Mental hospitals Bombay report 1929-33 - 1929-1933
Year: 1929
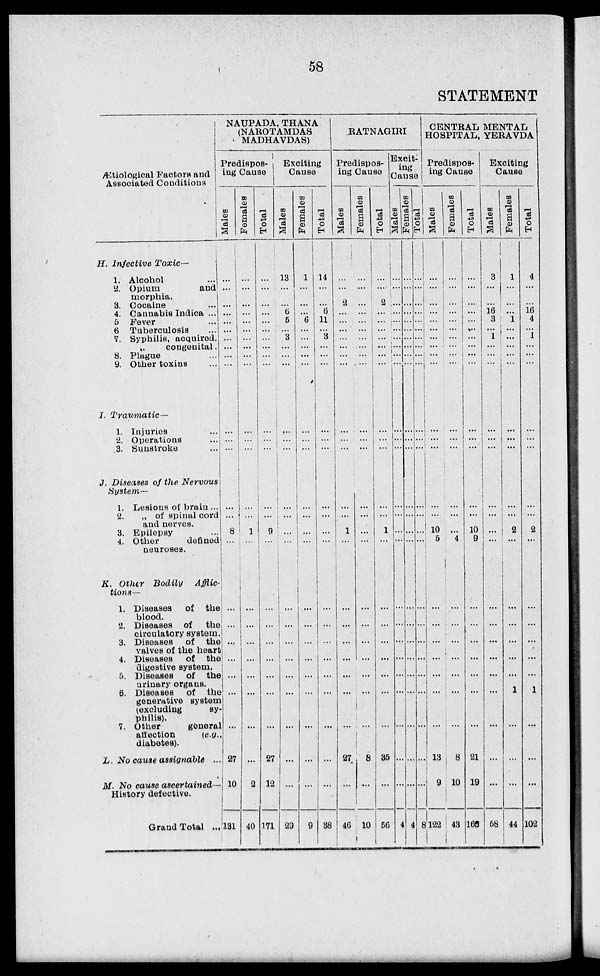
58
STATEMENT
Ætiological Factors and
Associated Conditions
H. Infective Toxic —
1. Alcohol ...
2. Opium
and
morphia.
3. Cocaine ...
4. Cannabis Indica ...
5 Fever ...
6 Tuberculosis ...
7. Syphilis, acquired.
congenital. ...
8. Plague ...
9. Other toxins ...
I. Traumatic —
1. Injuries ...
2. Operations ...
3. Sunstroke ...
J. Diseases of the Nervous
System—
1. Lesions of brain ...
2.
„ of spinal cord
and nerves.
3. Epilepsy ...
4. Other
denned
neuroses.
K. Other Bodily
Afilic¬
tions—
1. Diseases
of the
blood.
2. Diseases of the
circulatory system.
3. Diseases of the
valves of the heart
4. Diseases
of the
digestive system.
5. Diseases
of the
urinary organs.
6. Diseases
of the
generative system
(excluding
sy-
philis).
7. Other
general
affection
(e.g.
diabetes).
L. No cause assignable ...
M. No cause ascertained—
History defective.
Grand Total ...
NAUPADA, THANA
(NAROTAMDAS
MADHAVDAS)
Predispos-
ing Cause
Males
...
...
...
...
...
...
...
...
...
...
...
...
...
...
...
8
...
...
...
...
...
...
...
...
27
10
131
Females
...
...
...
...
...
...
...
...
...
...
...
...
...
...
...
1
...
...
...
...
...
...
...
...
...
2
40
Total
...
...
...
...
...
...
...
...
...
...
...
...
...
...
...
9
...
...
...
...
...
...
...
...
27
12
171
Exciting
Cause
Males
13
...
...
6
5
...
3
...
...
...
...
...
...
...
...
...
...
...
...
...
...
...
...
...
...
...
29
Females
1
...
...
...
6
...
...
...
...
...
...
...
...
...
...
...
...
...
...
...
...
...
...
...
...
...
9
Total
14
...
...
6
11
...
3
...
...
...
...
...
...
...
...
...
...
...
...
...
...
...
...
...
...
...
38
RATNAGIRI
Predispos-
ing Cause
Males
...
...
2
...
...
...
...
...
...
...
...
...
...
...
...
1
...
...
...
...
...
...
...
...
27
...
46
Females
...
...
...
...
...
...
...
...
...
...
...
...
...
...
...
...
...
...
...
...
...
...
...
...
8
...
10
Total
...
...
2
...
...
...
...
...
...
...
...
...
...
...
...
1
...
...
...
...
...
...
...
...
35
...
56
Excit-
ing
Cause
Males
...
...
...
...
...
...
...
...
...
...
...
...
...
...
...
...
...
...
...
...
...
...
...
...
...
...
4
Females
...
...
...
...
...
...
...
...
...
...
...
...
...
...
...
...
...
...
...
...
...
...
...
...
...
...
4
Total
...
...
...
...
...
...
...
...
...
...
...
...
...
...
...
...
...
...
...
...
...
...
...
...
...
...
8
CENTRAL MENTAL
HOSPITAL, YERAVDA
Predispos-
ing Cause
Males
...
...
...
...
...
...
...
...
...
...
...
...
...
...
...
10
5
...
...
...
...
...
...
...
13
9
122
Females
...
...
...
...
...
...
...
...
...
...
...
...
...
...
...
...
4
...
...
...
...
...
...
...
8
10
43
Total
...
...
...
...
...
...
...
...
...
...
...
...
...
...
...
10
9
...
...
...
...
...
...
...
21
19
165
Exciting
Cause
Males
3
...
...
16
3
...
1
...
...
...
...
...
...
...
...
...
...
...
...
...
...
...
...
...
...
...
58
Females
1
...
...
...
1
...
...
...
...
...
...
...
...
...
...
2
...
...
...
...
...
...
1
...
...
...
44
Total
4
...
...
16
4
...
1
...
...
...
...
...
...
...
...
2
...
...
...
...
...
...
1
...
...
...
102